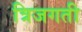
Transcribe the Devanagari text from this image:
त्रिजगती